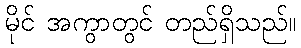
မိုင် အကွာတွင် တည်ရှိသည်။